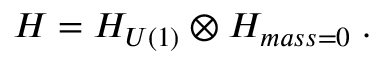
{ \cal H } = { \cal H } _ { U ( 1 ) } \otimes { \cal H } _ { m a s s = 0 } \; .